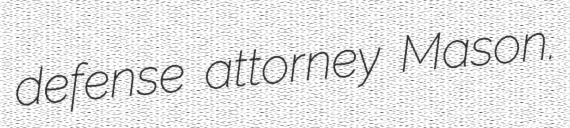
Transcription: defense attorney Mason.